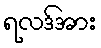
ရလဒ်အား